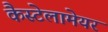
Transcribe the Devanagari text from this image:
कैस्टेलामेयर